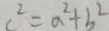
c ^ { 2 } = a ^ { 2 } + b ^ { 2 }